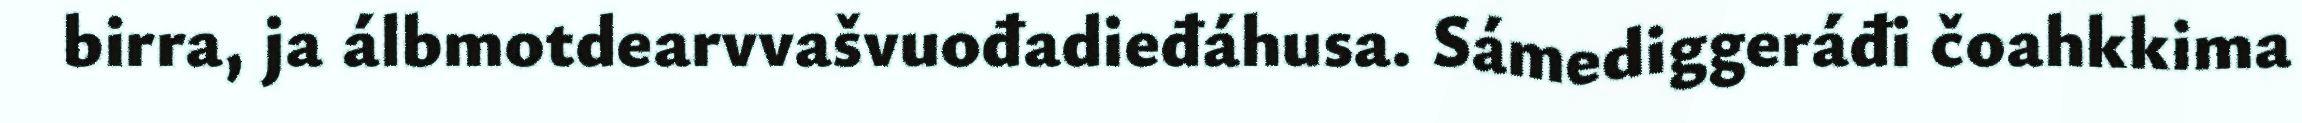
birra, ja álbmotdearvvašvuođadieđáhusa. Sámediggeráđi čoahkkima